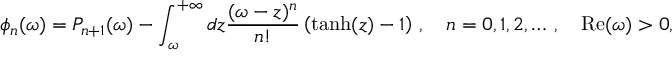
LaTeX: \phi _ { n } ( \omega ) = P _ { n + 1 } ( \omega ) - \int _ { \omega } ^ { + \infty } d z \frac { ( \omega - z ) ^ { n } } { n ! } \left( \operatorname { t a n h } ( z ) - 1 \right) \, , \quad n = 0 , 1 , 2 , \dots \, , \quad \mathrm { R e } ( \omega ) > 0 ,